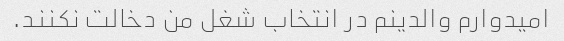
امیدوارم والدینم در انتخاب شغل من دخالت نکنند.